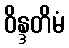
ဝိန္ဒတိမံ